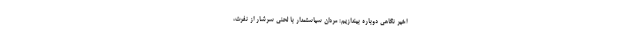
اخیر نگاهی دوباره بیندازیم: مردان سیاستمدار با لحنی سرشار از نفرت،